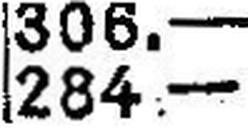
284.—